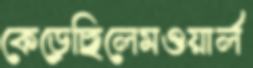
কেড়েছিলেমওয়ার্ল